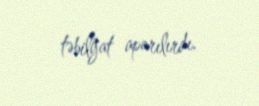
təbilğat aparılırdı.